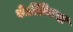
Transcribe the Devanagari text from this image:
वेलेंतिनस